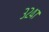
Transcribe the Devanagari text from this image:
३२४७